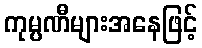
ကုမ္ပဏီများအနေဖြင့်